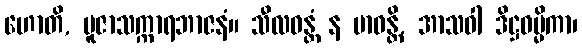
ဟောတိ, ပူဇာသက္ကာရဘာဇနံ။ သီလဝန္တံ န ဗာဓန္တိ, အာသဝါ ဒိဋ္ဌဓမ္မိကာ၊